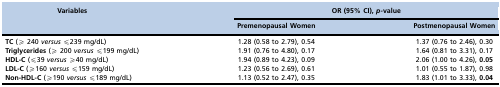
<table><thead><tr><td><b>Variables</b></td><td colspan="2"><b>OR (95% CI), <i>p-</i>value</b></td></tr><tr><td></td><td><b>Premenopausal Women</b></td><td><b>Postmenopausal Women</b></td></tr></thead><tbody><tr><td><b>TC</b> (≥ 240 <i>versus</i> ≤239 mg/dL)</td><td>1.28 (0.58 to 2.79), 0.54</td><td>1.37 (0.76 to 2.46), 0.30</td></tr><tr><td><b>Triglycerides</b> (≥ 200 <i>versus</i> ≤199 mg/dL)</td><td>1.91 (0.76 to 4.80), 0.17</td><td>1.64 (0.81 to 3.31), 0.17</td></tr><tr><td><b>HDL-C</b> (≤39 <i>versus</i> ≥40 mg/dL)</td><td>1.94 (0.89 to 4.23), 0.09</td><td>2.06 (1.00 to 4.26), <b>0.05</b></td></tr><tr><td><b>LDL-C</b> (≥160 <i>versus</i> ≤159 mg/dL)</td><td>1.23 (0.56 to 2.69), 0.61</td><td>1.01 (0.55 to 1.87), 0.98</td></tr><tr><td><b>Non-HDL-C</b> (≥190 <i>versus</i> ≤189 mg/dL)</td><td>1.13 (0.52 to 2.47), 0.35</td><td>1.83 (1.01 to 3.33), <b>0.04</b></td></tr></tbody></table>